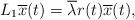
LaTeX: \begin{align*} L _{1} \overline{x}(t)=\overline{\lambda} r(t)\overline{x}(t), \end{align*}